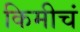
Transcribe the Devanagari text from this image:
किमीचं